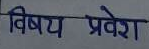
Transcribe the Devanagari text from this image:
विषय प्रवेश